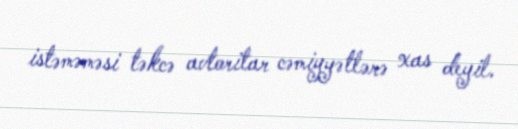
istəməməsi təkcə avtoritar cəmiyyətlərə xas deyil.